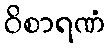
ဝိစာရဏံ